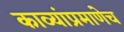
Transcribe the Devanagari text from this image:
काव्यांप्रमाणेच